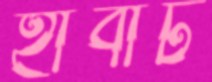
হার্বাট